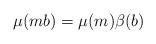
LaTeX: \begin{align*}\mu(mb)=\mu(m)\beta(b) \end{align*}